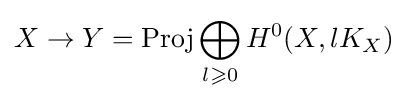
X\rightarrow Y=\mathrm {Proj} \bigoplus _{l\geqslant 0}H^{0}(X,lK_{X})